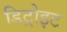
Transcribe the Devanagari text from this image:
डिट्रोइट